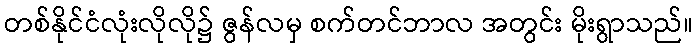
တစ်နိုင်ငံလုံးလိုလို၌ ဇွန်လမှ စက်တင်ဘာလ အတွင်း မိုးရွာသည်။